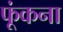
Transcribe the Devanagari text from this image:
फूंकना